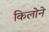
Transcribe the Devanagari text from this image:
किलोने